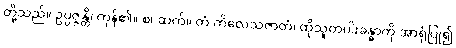
တို့သည်။ ဥပ္ပဇ္ဇန္တိ၊ ကုန်၏။ စ၊ ဆက်။ တံ ကိလေသဇာတံ၊ ထိုသူတပါးခန္ဓာကို အာရုံပြု၍